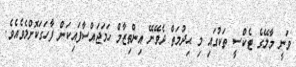
ވަނީ މާލޭގެ ޓެކްސީ ތަކުގައި މި ޙިދުމަތް ދެވޭނޭ އިންތިޒާމް ހަމަޖައްސާފައިކަން ފާހަގަކޮށްލެވެއެވެ.